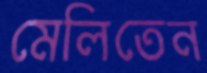
মেলিতেন